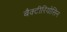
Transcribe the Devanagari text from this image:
बैक्टीरियोसिन